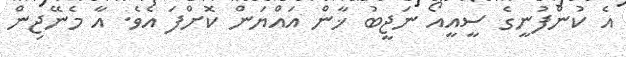
އެ ކުންފުނީގެ ސީއީއޯ ނަޖީބު ޚާން އައްޔަން ކޮށްފަ އެވެ. އާ މެނޭޖިން